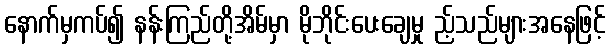
နောက်မှကပ်၍ နန်းကြည်တို့အိမ်မှာ မိုဘိုင်းပေးချေမှု ည့်သည်များအနေဖြင့်